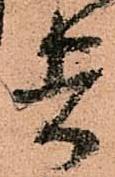
者